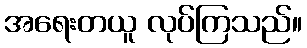
အရေးတယူ လုပ်ကြသည်။